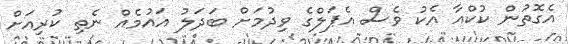
އެގޮތުން ކުކްއާ އެކު ވެސް އެޕަލްގެ ވިދުމަށް ބަދަލު އައުމެއް ނެތި ކުރިއަށް